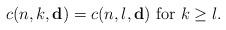
LaTeX: \begin{align*}c(n,k,\mathbf{d})=c(n,l,\mathbf{d})\ \mbox{for}\ k\geq l.\end{align*}